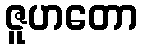
ဇူဟတော